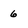
Character: 6